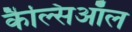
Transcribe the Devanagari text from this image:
कैल्सिऑल